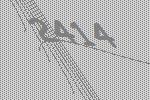
2414